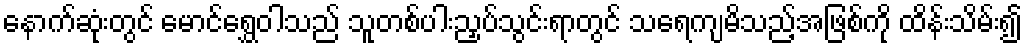
နောက်ဆုံးတွင် မောင်ရွှေဝါသည် သူတစ်ပါးညှပ်သွင်းရာတွင် သရေကျမိသည့်အဖြစ်ကို ထိန်းသိမ်း၍